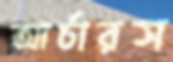
আর্চারস